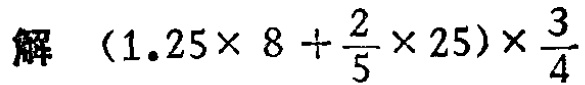
解 \((1.25\times 8+\frac{2}{5}\times 25)\times\frac{3}{4}\)